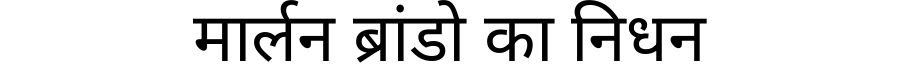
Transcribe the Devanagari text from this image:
मार्लन ब्रांडो का निधन